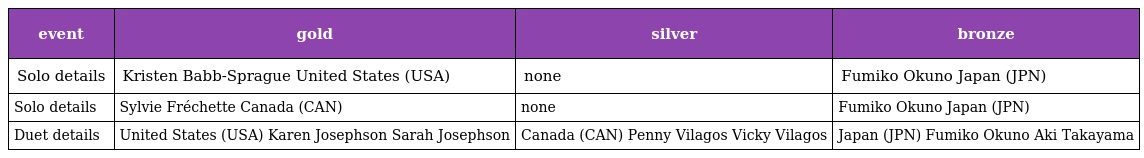
| event | gold | silver | bronze |
 | --- | --- | --- | --- |
 | Solo details | Kristen Babb-Sprague United States (USA) | none | Fumiko Okuno Japan (JPN) |
 | Solo details | Sylvie Fréchette Canada (CAN) | none | Fumiko Okuno Japan (JPN) |
 | Duet details | United States (USA) Karen Josephson Sarah Josephson | Canada (CAN) Penny Vilagos Vicky Vilagos | Japan (JPN) Fumiko Okuno Aki Takayama |